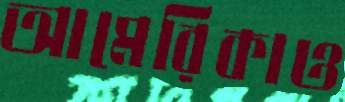
আমেরিকাও